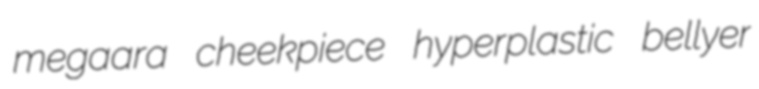
megaara cheekpiece hyperplastic bellyer